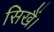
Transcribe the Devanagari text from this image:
सिखैं।